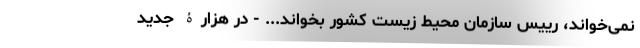
نمی‌خوانَد، رییس سازمان محیط زیست کشور بخوانَد... - در هزارۀ جدید